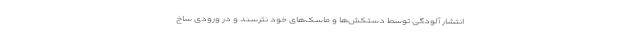
انتشار آلودگی توسط دستکش‌ها و ماسک‌های خود نترسند و در ورودی‌ ساخ